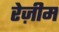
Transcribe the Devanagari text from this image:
रेज़ीम